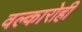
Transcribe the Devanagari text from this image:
वल्कारोही